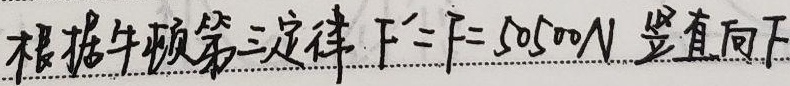
根据牛顿第三定律 \(F' = F = 50500N\) 竖直向下